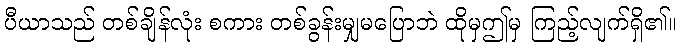
ပီယာသည် တစ်ချိန်လုံး စကား တစ်ခွန်းမျှမပြောဘဲ ထိုမှဤမှ ကြည့်လျက်ရှိ၏။